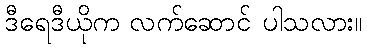
ဒီရေဒီယိုက လက်ဆောင် ပါသလား။